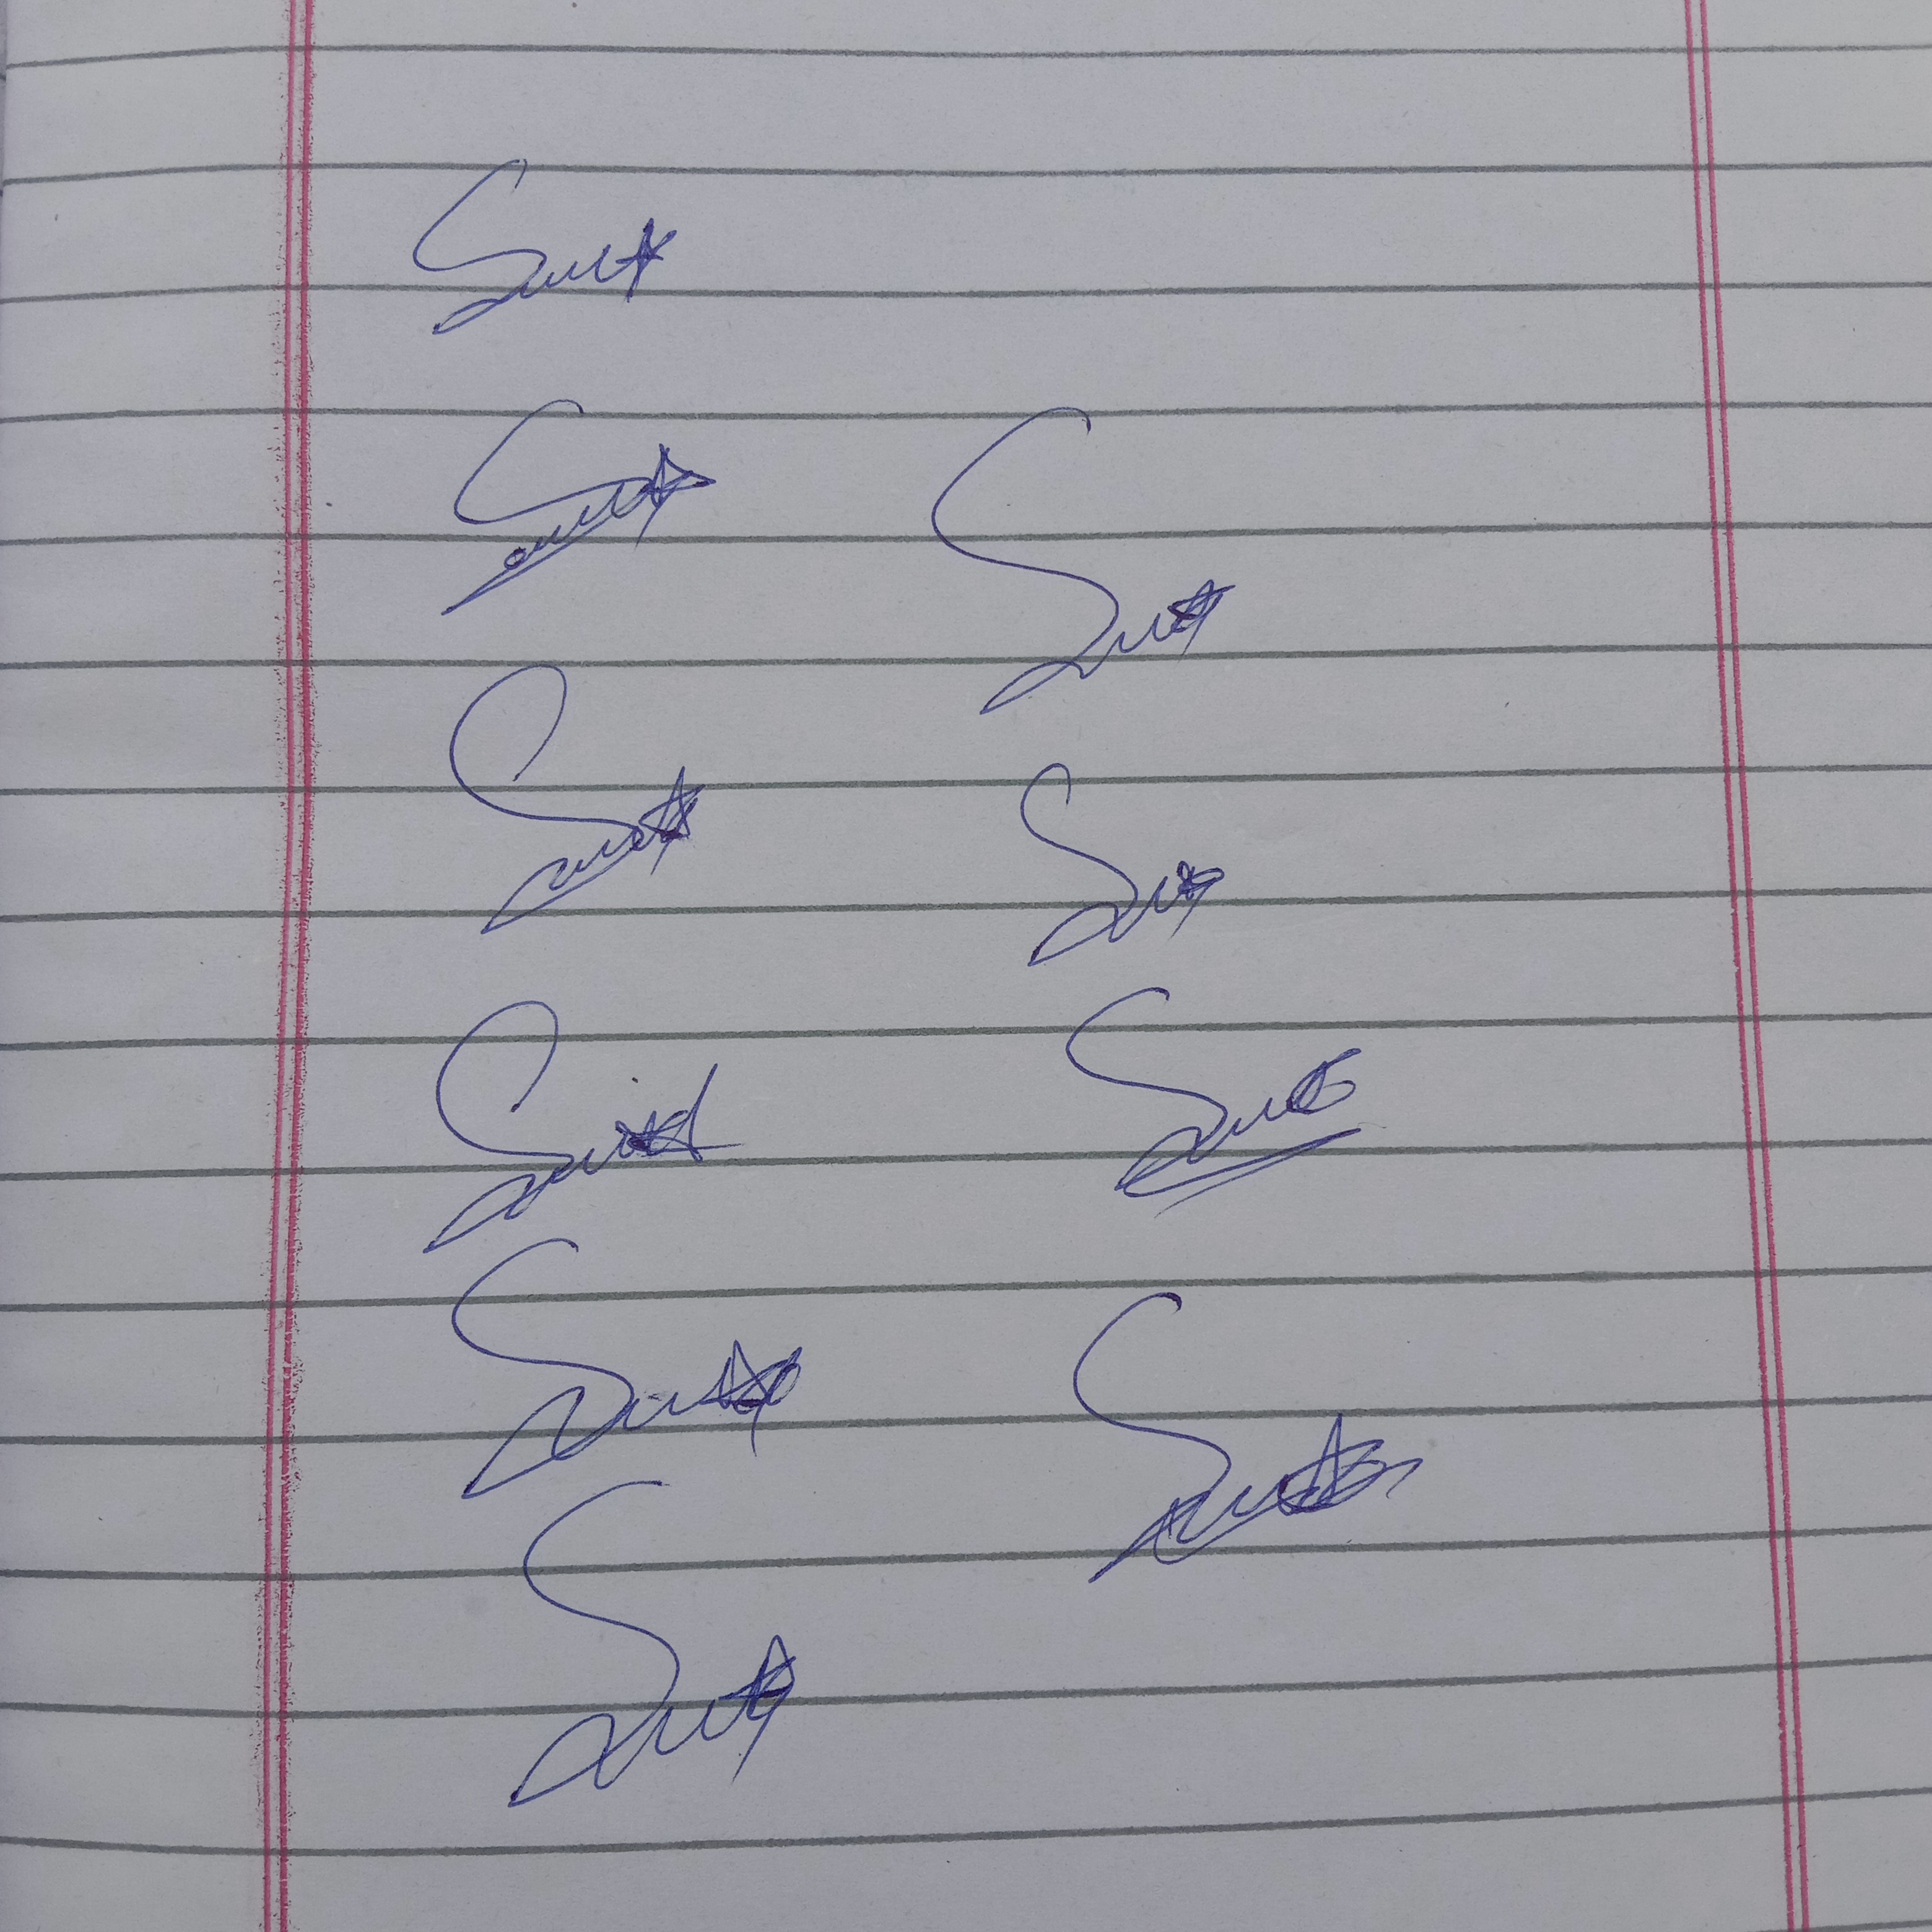
Signature authenticity: genuine